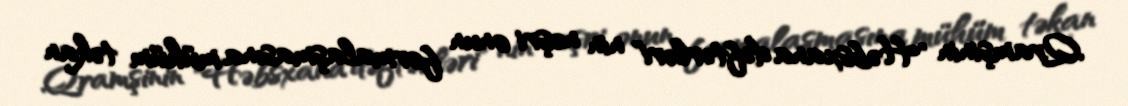
Qramşinin "Həbsxana dəftərləri" nin nəşri onun formalaşmasına mühüm təkan